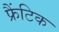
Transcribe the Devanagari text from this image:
फ्रैंटिक